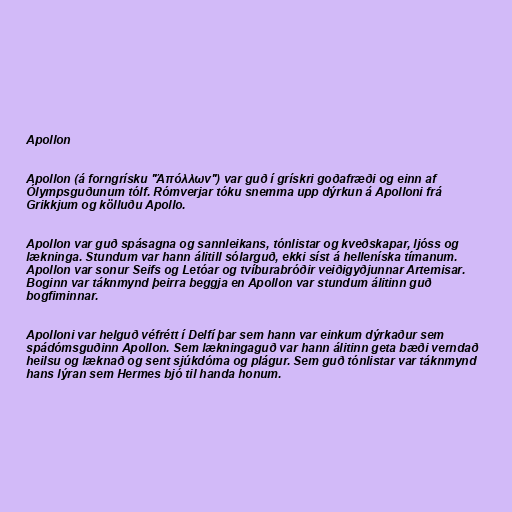
Apollon

Apollon (á forngrísku "Ἀπόλλων") var guð í grískri goðafræði og einn af
Ólympsguðunum tólf. Rómverjar tóku snemma upp dýrkun á Apolloni frá
Grikkjum og kölluðu Apollo.

Apollon var guð spásagna og sannleikans, tónlistar og kveðskapar, ljóss og
lækninga. Stundum var hann álitill sólarguð, ekki síst á helleníska tímanum.
Apollon var sonur Seifs og Letóar og tvíburabróðir veiðigyðjunnar Artemisar.
Boginn var táknmynd þeirra beggja en Apollon var stundum álitinn guð
bogfiminnar.

Apolloni var helguð véfrétt í Delfí þar sem hann var einkum dýrkaður sem
spádómsguðinn Apollon. Sem lækningaguð var hann álitinn geta bæði verndað
heilsu og læknað og sent sjúkdóma og plágur. Sem guð tónlistar var táknmynd
hans lýran sem Hermes bjó til handa honum.